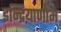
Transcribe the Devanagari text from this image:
इन्द्रियाणाम्